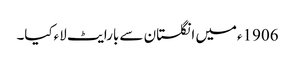
1906ءمیں انگلستان سے بارایٹ لاءکیا۔